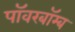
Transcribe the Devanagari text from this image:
पॉवरबॉम्ब